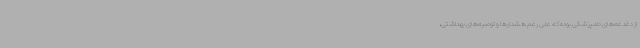
از دغدغه‌های دامپزشکی بوده که علی رغم هشدارها و توصیه‌های بهداشتی،